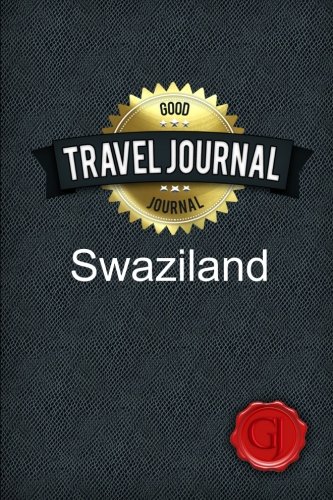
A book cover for Travel Journal Swaziland; Good Journal; Travel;